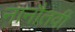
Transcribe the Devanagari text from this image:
नानौतवी